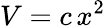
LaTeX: V=c\, x^{2}